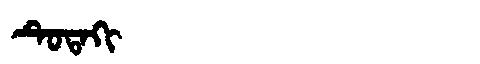
Manchu: ᡨᡠᡨᠠᡴᡳ
Romanization: TUTAKI